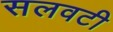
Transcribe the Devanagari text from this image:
सलवटी